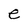
Character: e